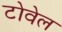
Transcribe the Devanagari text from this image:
टोवेल